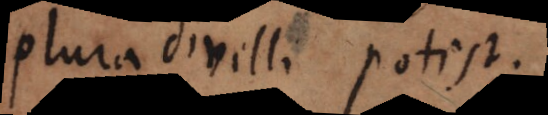
plura divelli potest.